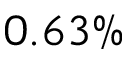
0 . 6 3 \%